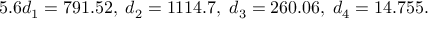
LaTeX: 5 . 6 d _ { 1 } = 7 9 1 . 5 2 , \; d _ { 2 } = 1 1 1 4 . 7 , \; d _ { 3 } = 2 6 0 . 0 6 , \; d _ { 4 } = 1 4 . 7 5 5 .